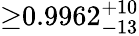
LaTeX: {\geq}0.9962_{-13}^{+10}